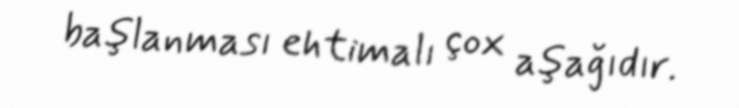
başlanması ehtimalı çox aşağıdır.